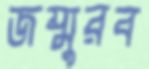
জম্মুরব